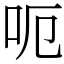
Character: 呃